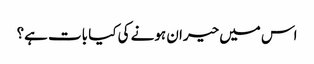
اس میں حیران ہونے کی کیا بات ہے؟